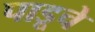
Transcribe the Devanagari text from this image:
पाडूचे